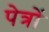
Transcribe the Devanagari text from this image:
पेत्रों